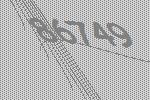
86749